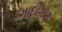
ગાદીગણ